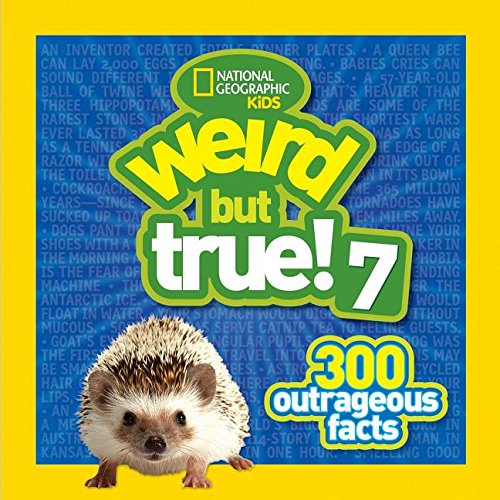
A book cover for Weird but True 7: 300 Outrageous Facts; National Geographic Kids; Children's Books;